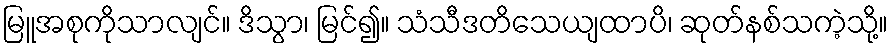
မြူအစုကိုသာလျင်။ ဒိသွာ၊ မြင်၍။ သံသီဒတိသေယျထာပိ၊ ဆုတ်နစ်သကဲ့သို့။